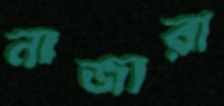
নাজারা